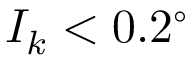
I _ { k } < 0 . 2 ^ { \circ }